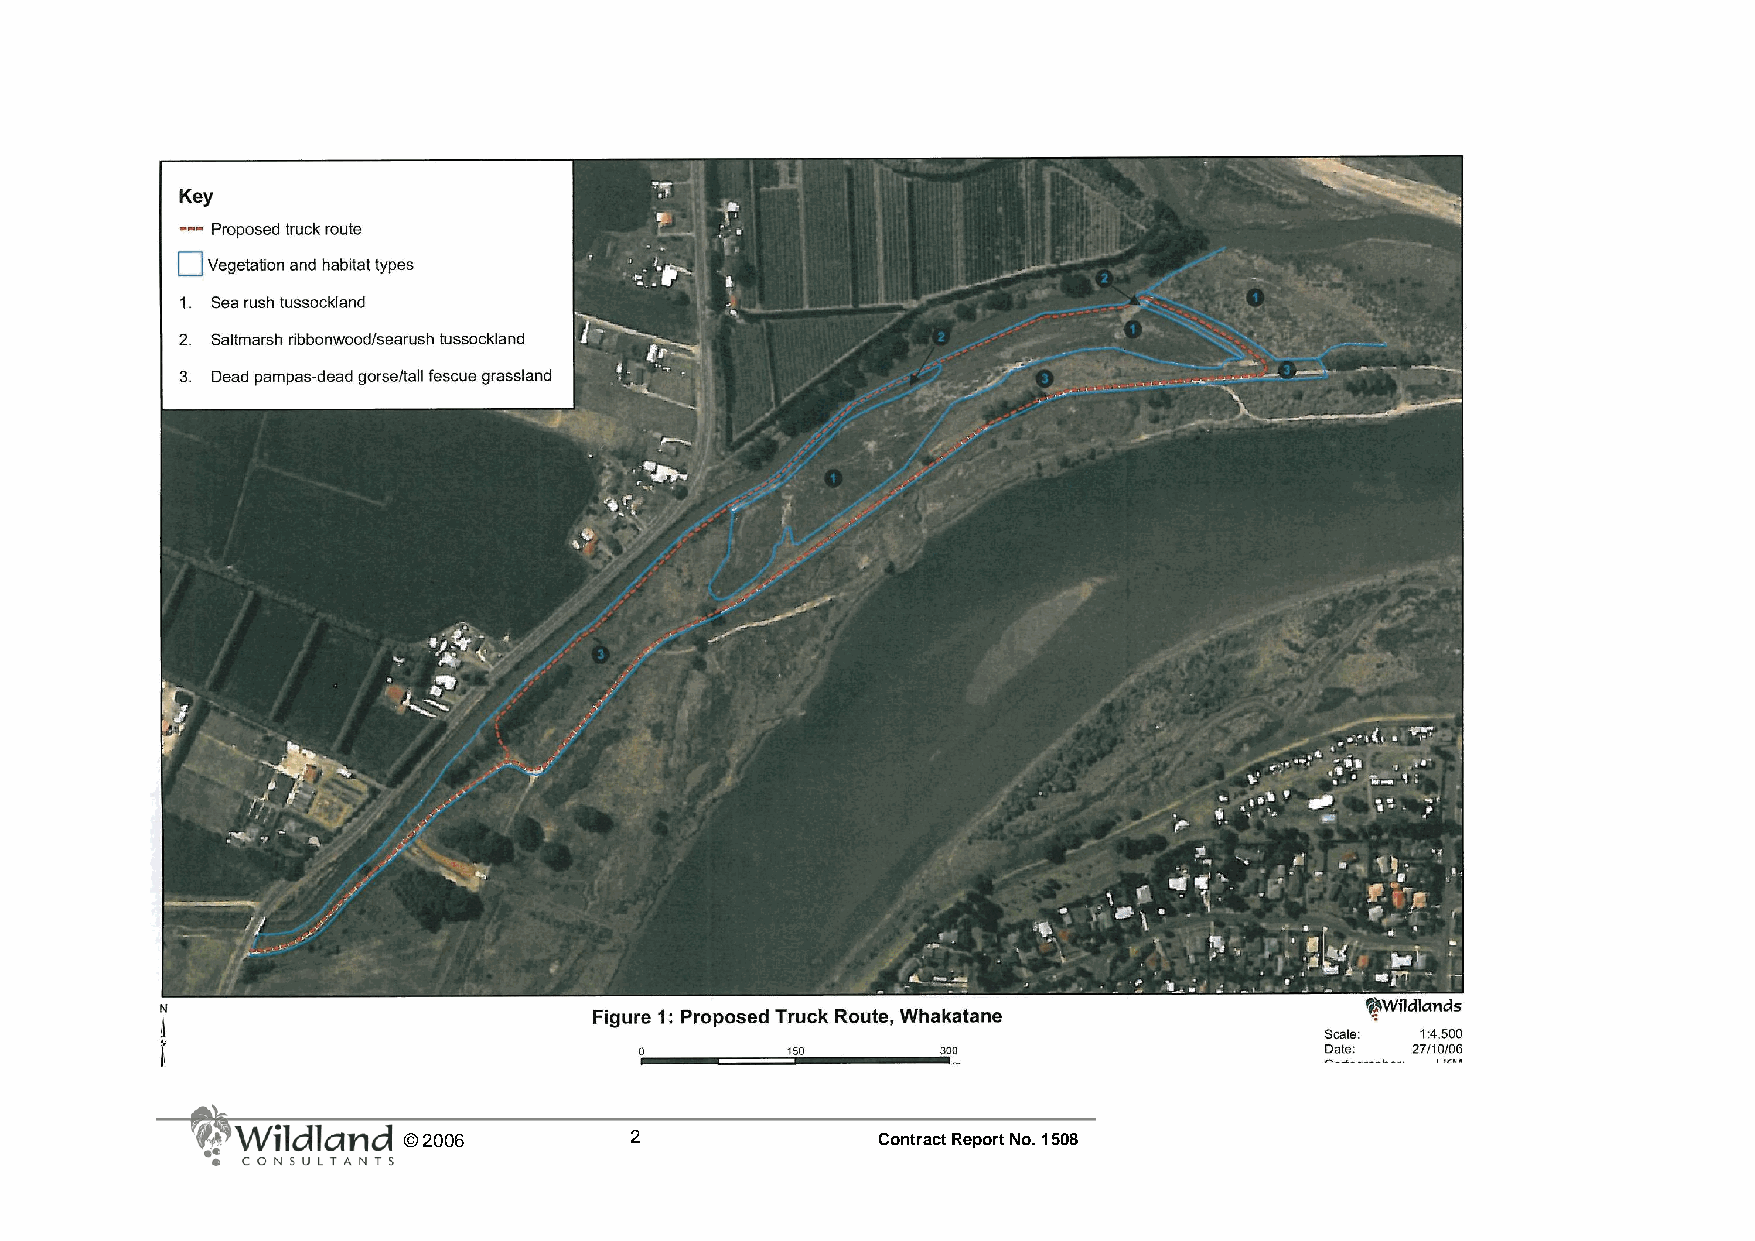
© 2006         2               Contract Report No. 1508